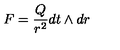
F = \frac { Q } { r ^ { 2 } } d t \wedge d r